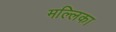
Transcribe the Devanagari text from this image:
मल्‍लिका